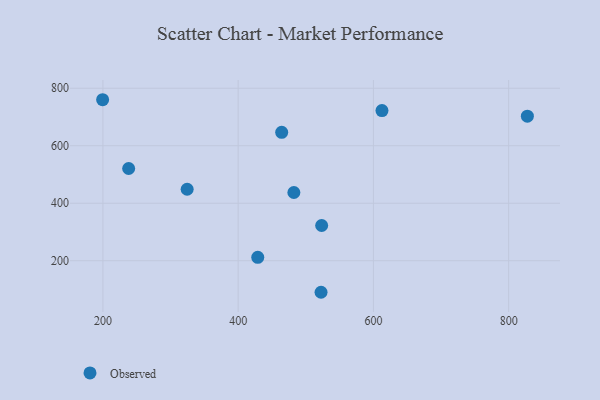
{"axis": {"x": "Distance", "y": "Yield"}, "legend": ["Observed"], "data": [{"x": "522.6", "y": 90.2, "type": "Observed"}, {"x": "464.4", "y": 646.6, "type": "Observed"}, {"x": "612.7", "y": 722.1, "type": "Observed"}, {"x": "199.6", "y": 760.0, "type": "Observed"}, {"x": "238.1", "y": 520.7, "type": "Observed"}, {"x": "324.6", "y": 448.6, "type": "Observed"}, {"x": "827.7", "y": 702.8, "type": "Observed"}, {"x": "482.4", "y": 437.2, "type": "Observed"}, {"x": "429.0", "y": 211.8, "type": "Observed"}, {"x": "523.5", "y": 322.4, "type": "Observed"}]}